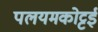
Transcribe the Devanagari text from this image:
पलयमकोट्टई